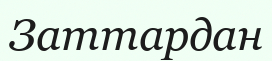
Заттардан